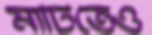
মাটিতেও